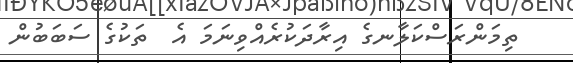
ތިމަންރަސްކަލާނގެ އިރާދަކުރެއްވިނަމަ އެ  ތަކުގެ ސަބަބުން